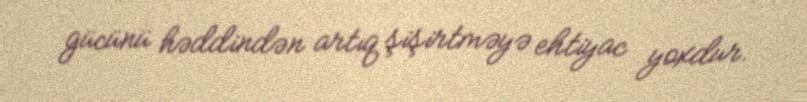
gücünü həddindən artıq şişirtməyə ehtiyac yoxdur.